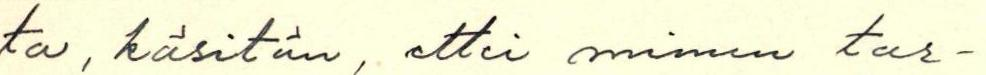
ta, käsitän, ettei minun tar-